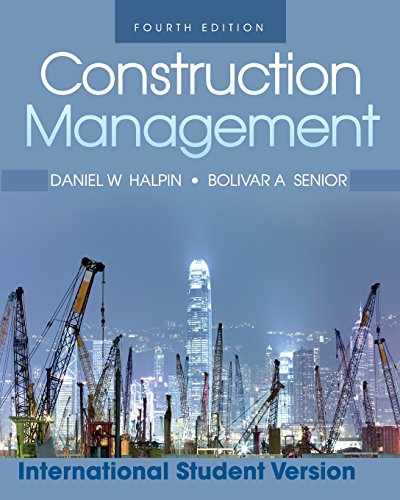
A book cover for Construction  Management; Halpin; Business & Money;